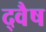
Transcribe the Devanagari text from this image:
द्वैष